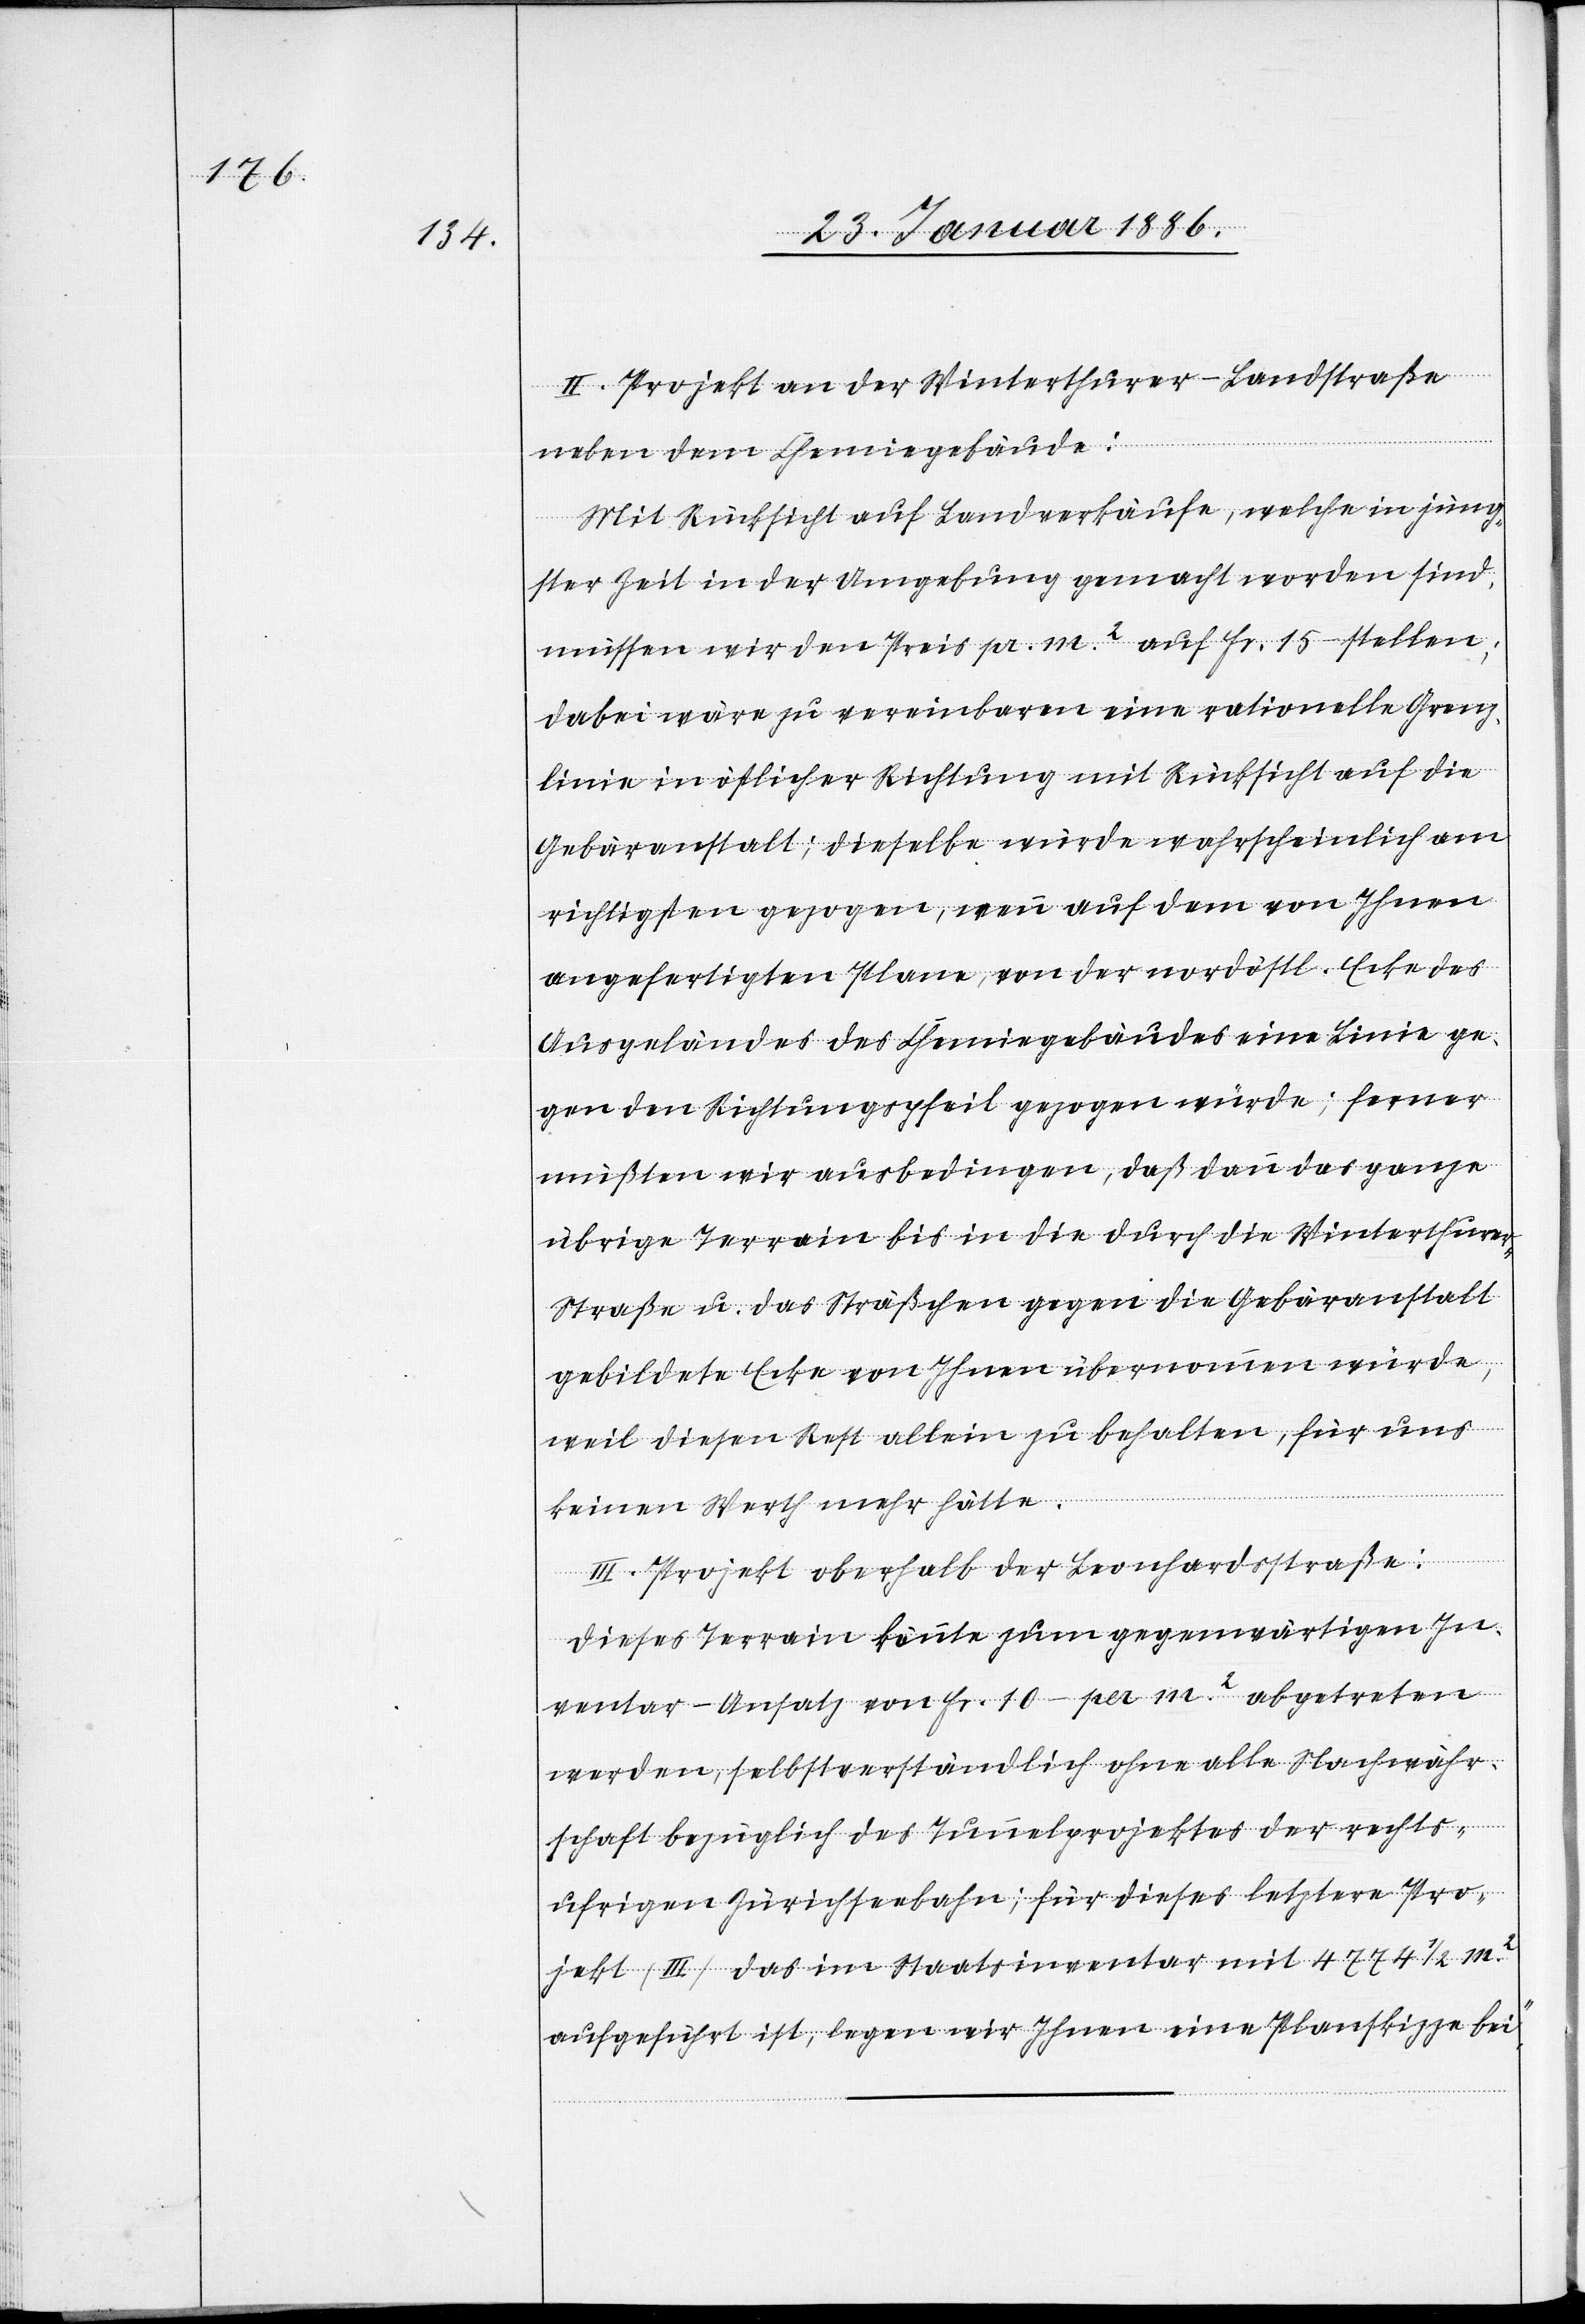
II. Projekt an der Winterthurer-Landstraße
neben dem Chemiegebäude:
Mit Rücksicht auf Landverkäufe, welche in jüng¬
ster Zeit in der Umgebung gemacht worden sind,
müssen wir den Preis pr. m2 auf Fr. 15.– stellen;
dabei wäre zu vereinbaren eine rationelle Grenz¬
linie in östlicher Richtung mit Rücksicht auf die
Gebäranstalt; dieselbe würde wahrscheinlich am
richtigsten gezogen, wenn auf dem von Ihnen
ausgefertigten Plane, von der nordöstl. Ecke des
Ausgeländes des Chemiegebäudes eine Linie ge¬
gen den Richtungspfeil gezogen würde; ferner
müßten wir ausbedingen, daß dann das ganze
übrige Terrain bis in die durch die Winterthure¬
r-Straße u. das Sträßchen gegen die Gebäranstalt
gebildete Ecke von Ihnen übernommen würde,
weil diesen Rest allein zu behalten, für uns
keinen Werth mehr hätte.
III. Projekt oberhalb der Leonhardstraße:
Dieses Terrain könnte zum gegenwärtigen In¬
ventar-Ansatz von Fr. 10.– per m2 abgetreten
werden, selbstverständlich ohne alle Nachwähr¬
schaft bezüglich des Tunnelprojektes der rechts¬
ufrigen Zürichseebahn; für dieses letztere Pro¬
jekt (III) das im Staatsinventar mit 4774 1/2 m2
aufgeführt ist, legen wir Ihnen eine Planskizze bei.“